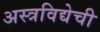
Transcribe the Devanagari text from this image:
अस्त्रविद्येची